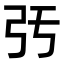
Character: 𢎰